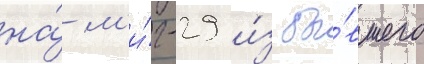
на́ м'и́г-29 и́з бы́вшего